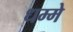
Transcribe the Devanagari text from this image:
धम्मे